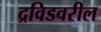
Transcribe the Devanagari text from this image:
द्रविडवरील